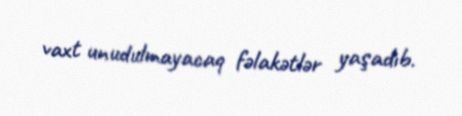
vaxt unudulmayacaq fəlakətlər yaşadıb.